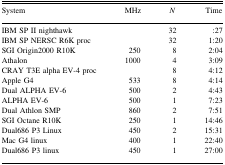
<table><thead><tr><td><b>System</b></td><td><b>MHz</b></td><td><b><i>N</i></b></td><td><b>Time</b></td></tr></thead><tbody><tr><td>IBM SP II nighthawk</td><td></td><td>32</td><td>:27</td></tr><tr><td>IBM SP NERSC R6K proc</td><td></td><td>32</td><td>1:20</td></tr><tr><td>SGI Origin2000 R10K</td><td>250</td><td>8</td><td>2:04</td></tr><tr><td>Athalon</td><td>1000</td><td>4</td><td>3:09</td></tr><tr><td>CRAY T3E alpha EV-4 proc</td><td></td><td>8</td><td>4:12</td></tr><tr><td>Apple G4</td><td>533</td><td>8</td><td>4:14</td></tr><tr><td>Dual ALPHA EV-6</td><td>500</td><td>2</td><td>4:43</td></tr><tr><td>ALPHA EV-6</td><td>500</td><td>1</td><td>7:23</td></tr><tr><td>Dual Athlon SMP</td><td>860</td><td>2</td><td>7:51</td></tr><tr><td>SGI Octane R10K</td><td>250</td><td>1</td><td>14:46</td></tr><tr><td>Dual686 P3 Linux</td><td>450</td><td>2</td><td>15:31</td></tr><tr><td>Mac G4 linux</td><td>400</td><td>1</td><td>22:40</td></tr><tr><td>Dual686 P3 linux</td><td>450</td><td>1</td><td>27:00</td></tr></tbody></table>